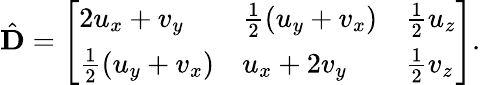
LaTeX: \hat{\mathbf{D}}=\left[\begin{array}{lll}{2u_{x}+v_{y}}&{\frac 12(u_{y}+v_{x})}&{\frac 12u_{z}}\\ {\frac 12(u_{y}+v_{x})}&{u_{x}+2v_{y}}&{\frac 12v_{z}}\end{array}\right].